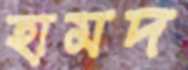
হামদ